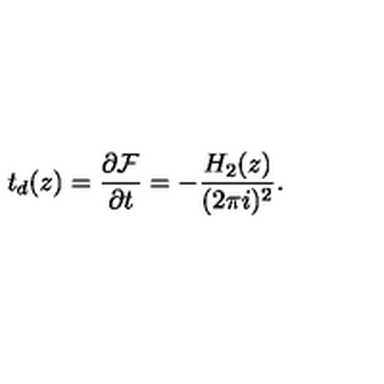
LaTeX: t _ { d } ( z ) = \frac { \partial { \cal F } } { \partial t } = - \frac { H _ { 2 } ( z ) } { ( 2 \pi i ) ^ { 2 } } .